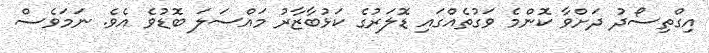
އިގްތިސޯދު ދަށްވާ ކޮންމެ ވަގުތެއްގައި ޑޮލަރުގެ ކަޅުބާޒާރު މައްސަލަ ބޮޑުވެ އެވެ. ނަމަވެސް